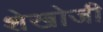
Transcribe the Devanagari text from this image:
शेखोजी